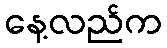
နေ့လည်က